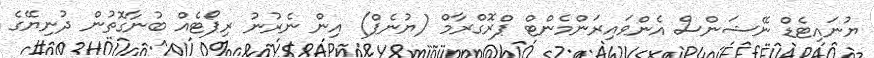
ޔުނައިޓެޑް ނޭޝަންސް އެންވައިރަންމެންޓް ޕްރޮގްރާމް (ޔުނެޕް) އިން ނެރުނު ރިޕޯޓެއް ބުނާގޮތުން ދުނިޔޭގެ